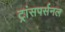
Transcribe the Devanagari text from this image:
ट्रांसपर्सनल